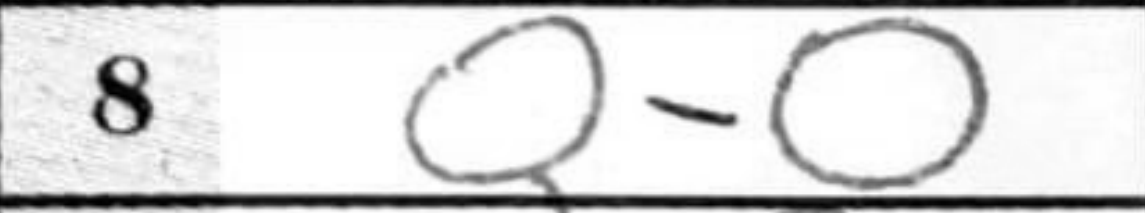
Transcription: O-O